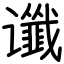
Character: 谶